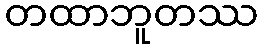
တထာဘူတဿ